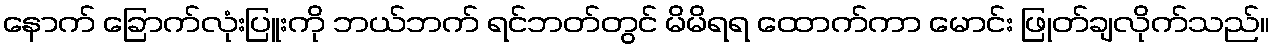
နောက် ခြောက်လုံးပြူးကို ဘယ်ဘက် ရင်ဘတ်တွင် မိမိရရ ထောက်ကာ မောင်း ဖြုတ်ချလိုက်သည်။